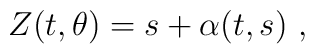
Z(t, \theta) = s + \alpha(t, s)\ ,